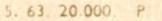
5. 63. 20.000. P